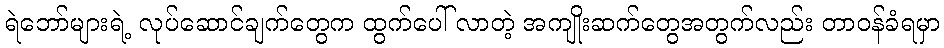
ရဲဘော်များရဲ့ လုပ်ဆောင်ချက်တွေက ထွက်ပေါ် လာတဲ့ အကျိုးဆက်တွေအတွက်လည်း တာဝန်ခံရမှာ